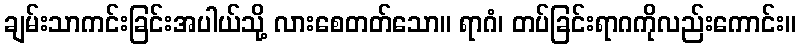
ချမ်းသာကင်းခြင်းအပါယ်သို့ လားစေတတ်သော။ ရာဂံ၊ တပ်ခြင်းရာဂကိုလည်းကောင်း။